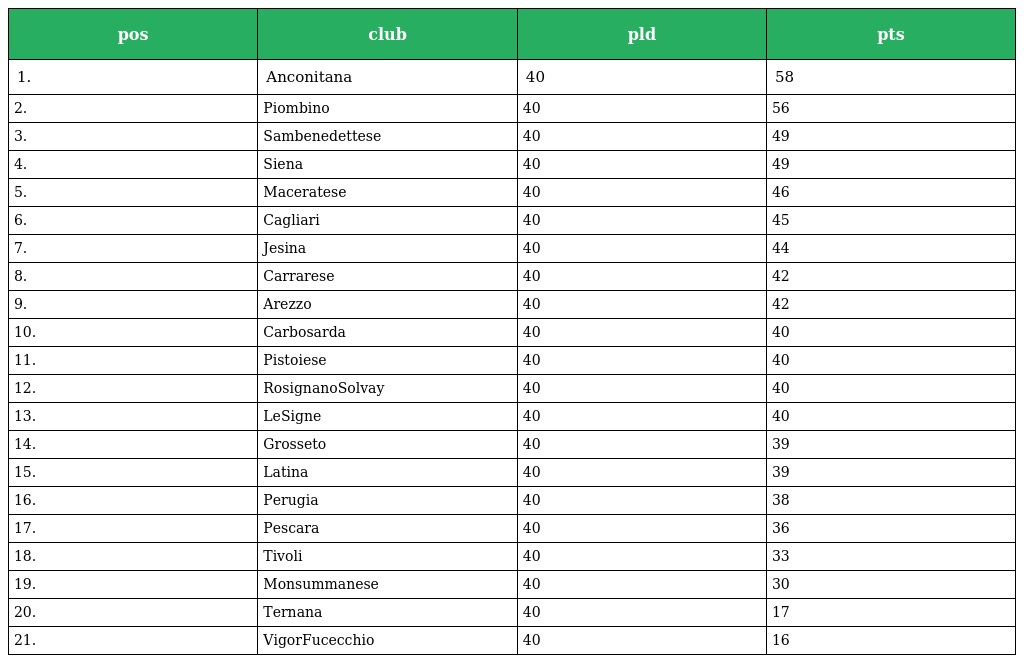
| pos | club | pld | pts |
 | --- | --- | --- | --- |
 | 1. | Anconitana | 40 | 58 |
 | 2. | Piombino | 40 | 56 |
 | 3. | Sambenedettese | 40 | 49 |
 | 4. | Siena | 40 | 49 |
 | 5. | Maceratese | 40 | 46 |
 | 6. | Cagliari | 40 | 45 |
 | 7. | Jesina | 40 | 44 |
 | 8. | Carrarese | 40 | 42 |
 | 9. | Arezzo | 40 | 42 |
 | 10. | Carbosarda | 40 | 40 |
 | 11. | Pistoiese | 40 | 40 |
 | 12. | RosignanoSolvay | 40 | 40 |
 | 13. | LeSigne | 40 | 40 |
 | 14. | Grosseto | 40 | 39 |
 | 15. | Latina | 40 | 39 |
 | 16. | Perugia | 40 | 38 |
 | 17. | Pescara | 40 | 36 |
 | 18. | Tivoli | 40 | 33 |
 | 19. | Monsummanese | 40 | 30 |
 | 20. | Ternana | 40 | 17 |
 | 21. | VigorFucecchio | 40 | 16 |